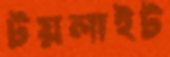
টয়লাইট